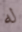
له